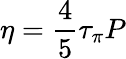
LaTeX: \eta=\frac{4}{5}\tau_{\pi}P